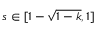
s \in [ 1 - \sqrt { 1 - k } , 1 ]